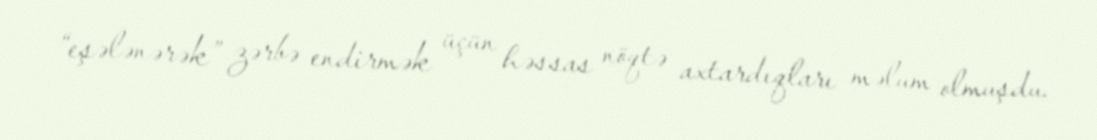
“eşələnərək” zərbə endirmək üçün həssas nöqtə axtardıqları məlum olmuşdu.